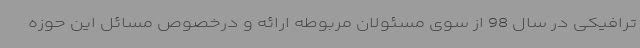
ترافیکی در سال 98 از سوی مسئولان مربوطه ارائه و درخصوص مسائل این حوزه